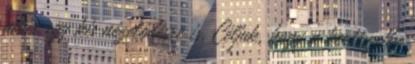
akár egy kis nézelődésre is. Céljuk, hogy a kertészetbe